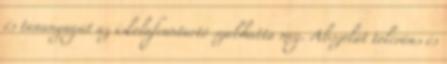
és tananyagát az iskolafenntartó szabhatta meg. Abszolút toleráns és